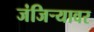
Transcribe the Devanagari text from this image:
जंजिऱ्यावर